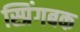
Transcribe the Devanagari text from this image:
स्प्रिंगबक